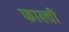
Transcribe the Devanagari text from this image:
फाल्वी